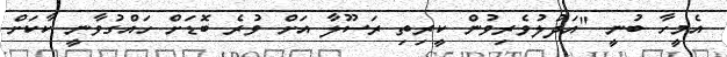
އެމީހާ ބުނީ "އަދުލުވެރިވުން ކީރިތި ރަސޫލާ އަށް ވުރެ ބޮޑަށް ހައްގުވާނީ ކާކަށް